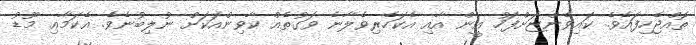
ތޮއްޖެހިފައެވެ. ކައިވެންޏަށްފަހު އީން އާއި އެކަހެރިވެލާނެ ވަގުތެއް ކާވިންއަކަށް ނުލިބުނެވެ. އެކަމާއި މޫޑު